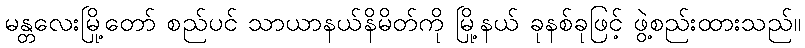
မန္တလေးမြို့တော် စည်ပင် သာယာနယ်နိမိတ်ကို မြို့နယ် ခုနစ်ခုဖြင့် ဖွဲ့စည်းထားသည်။